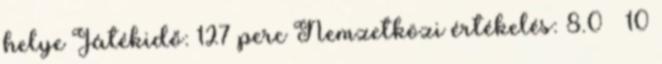
helye Játékidő: 127 perc Nemzetközi értékelés: 8.0 10